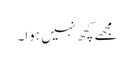
مجھے کچھ نہیں ہوا۔